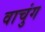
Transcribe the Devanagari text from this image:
वाचुंग